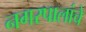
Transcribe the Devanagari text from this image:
नगरपालांचे